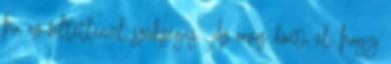
ha az feltétlenül szükséges. Az orvos dönti el, hogy